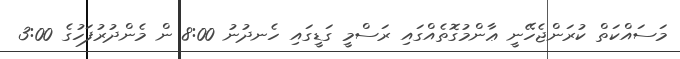
މަސައްކަތް ކުރަންޖެހޭނީ ޢާންމުގޮތެއްގައި ރަސްމީ ގަޑީގައި ހެނދުނު 8:00 ން މެންދުރުފަހުގެ 3:00